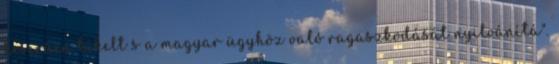
keserűen kikelt s a magyar ügyhöz való ragaszkodását nyilvánítá".